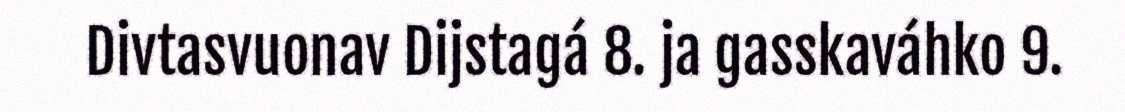
Divtasvuonav Dijstagá 8. ja gasskaváhko 9.